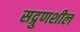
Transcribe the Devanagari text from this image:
सद्गुणशील